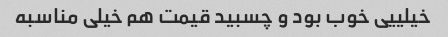
خیلییی خوب بود و چسبید قیمت هم خیلی مناسبه